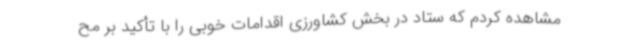
مشاهده کردم که ستاد در بخش کشاورزی اقدامات خوبی را با تأکید بر مح